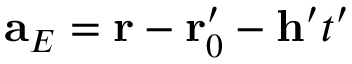
\mathbf { a } _ { E } = \mathbf { r } - \mathbf { r } _ { 0 } ^ { \prime } - \mathbf { h } ^ { \prime } t ^ { \prime }